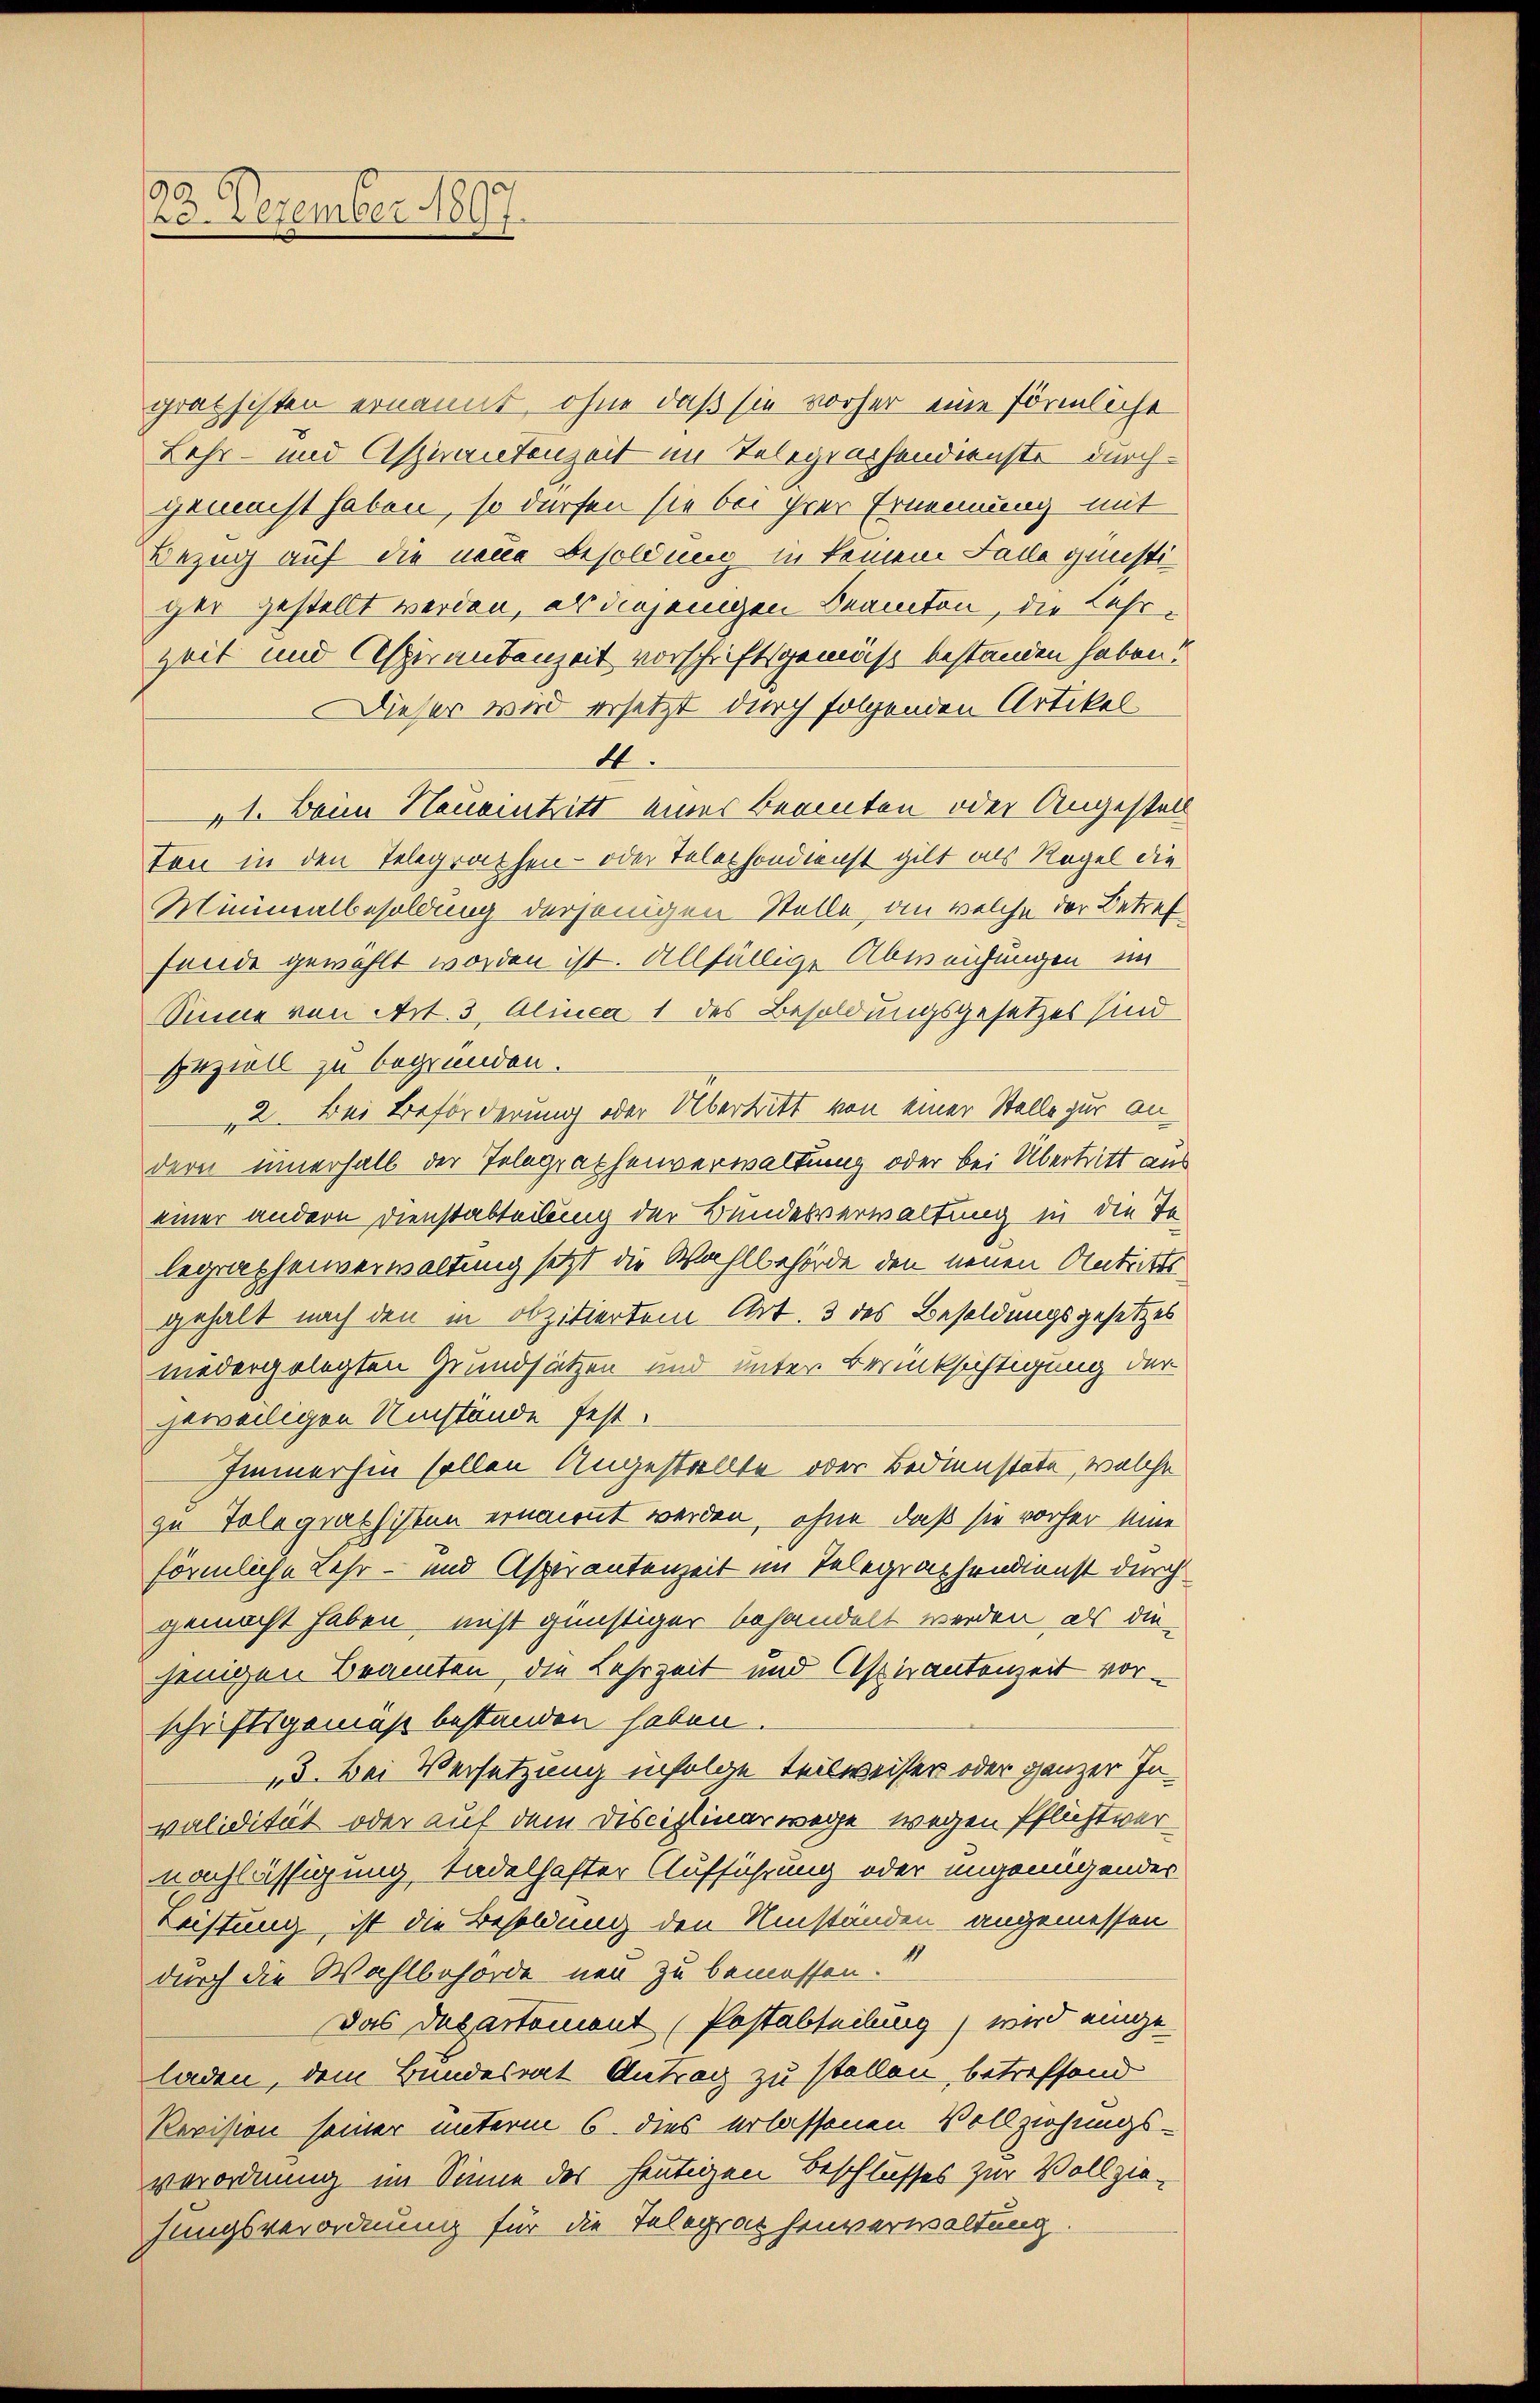
92
23. Dezember 1897

grathisten ernannt, ohne daß sie vorher eine förmliche
Lehr- und Aspirantenzeit im Telegrachendienste durchgemacht haben, so dürfen sie bei ihrer Ernennung mit
Bezug auf die neue Besoldung in keinem Falle günstiger gestellt werden, als diejenigen Beamten, die Lehrzeit und Aspirantenzeit vorschriftsgemäß bestanden haben!
Dieser wird ersetzt durch folgenden Artikel
4.
"1. Beim Neueintritt eines Beamten oder Angestell
ton in den Telegraphen- oder Telephondienst gilt als Regel die
Minimalbesoldung derjenigen Stelle, an welche der Betref
fände gewählt worden ist. Allfällige Abweichungen im
Sinne von Art. 3, Alinea 1 des Besoldungsgesetzes sind
peziell zu begründen.
„2. Bei Beförderung oder Übertritt von einer Stelle zur andern innerhalb der Telegraphenverwaltung oder bei Übertritt aus
einer andern Dienstabteilung der Bundesverwaltung in die Tolegraphenverwaltung setzt die Wahlbehörde den neuen Antritte
gehalt nach den in obzitiertem Art. 3 des Besoldungsgesetzes
niedergelegten Grundsätzen und unter Berücksichtigung der
geweiligen Umstände fest¬
Immerhin sollen Angestellte oder Bedienstete, welche
zu Tolegiathisten ernannt werden, ohne daß sie vorher eine
förmliche Lehr- und Aspirantenzeit im Telegraphendienst durch
gemacht haben, nicht günstiger behandelt werden, als die-
jenigen Beamten, die Lehrzeit und Aspirantenzeit vorschriftsgemäß bestanden haben.
„3. Bei Versetzung infolge Teilweiser oder ganzer Invalidität oder auf dem Disciplinarwege wegen Pflichtvernachlässigung tadelhafter Aufführung oder ungenügender
Leistung, ist die Besoldung den Umständen angemessen
durch die Wahlbehörde neu zu bemessen.
Das Departement (Postabteilung) wird einge-
laden, dem Bundesrat Antrag zu stellen, betreffend
Revision seiner unterm 6. dies erlassenen Vollziehungsverordnung im Sinne des heutigen Beschlusses zur Vollzie-
hungsverordnung für die Telegraphenverwaltung.